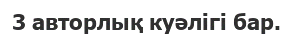
3 авторлық куәлігі бар.